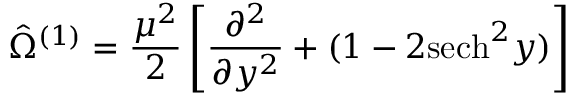
\hat { \Omega } ^ { ( 1 ) } = \frac { \mu ^ { 2 } } { 2 } \left[ \frac { \partial ^ { 2 } } { \partial y ^ { 2 } } + ( 1 - 2 \mathrm { s e c h } ^ { 2 } y ) \right]